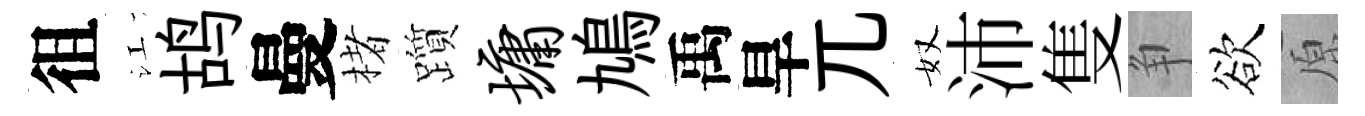
徂江鸪曼楮躓墉鳩禹旱兀奴沛隻争欲原